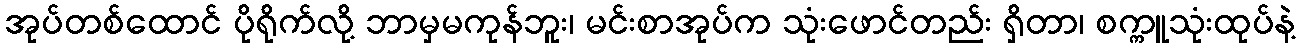
အုပ်တစ်ထောင် ပိုရိုက်လို့ ဘာမှမကုန်ဘူး၊ မင်းစာအုပ်က သုံးဖောင်တည်း ရှိတာ၊ စက္ကူသုံးထုပ်နဲ့